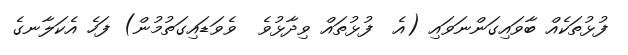
ފުޅުތަކެއް ބާވައިގަންނަވައި (އެ  ފުޅުތައް ވިދާޅުވެ  ވެވަޑައިގަތުމުން) ފަހެ އެކަލާނގެ